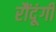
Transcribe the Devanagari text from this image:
रौंदूंगी